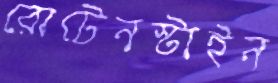
রোটেনস্টাইন